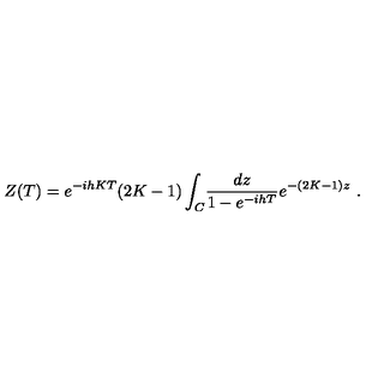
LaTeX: Z ( T ) = e ^ { - i h K T } ( 2 K - 1 ) \int _ { C } \! { \frac { d z } { 1 - e ^ { - i h T } } } e ^ { - ( 2 K - 1 ) z } \ .